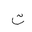
Letter: _ta